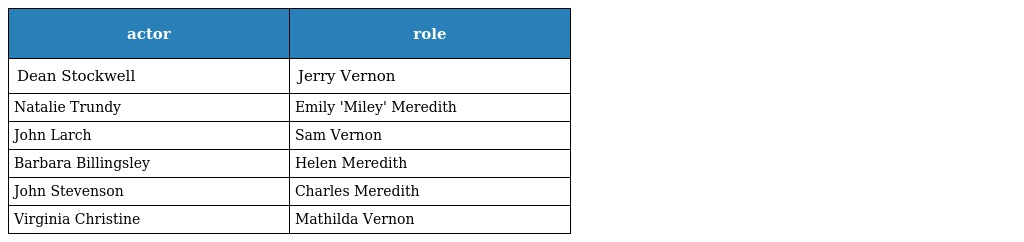
| actor | role |
 | --- | --- |
 | Dean Stockwell | Jerry Vernon |
 | Natalie Trundy | Emily 'Miley' Meredith |
 | John Larch | Sam Vernon |
 | Barbara Billingsley | Helen Meredith |
 | John Stevenson | Charles Meredith |
 | Virginia Christine | Mathilda Vernon |